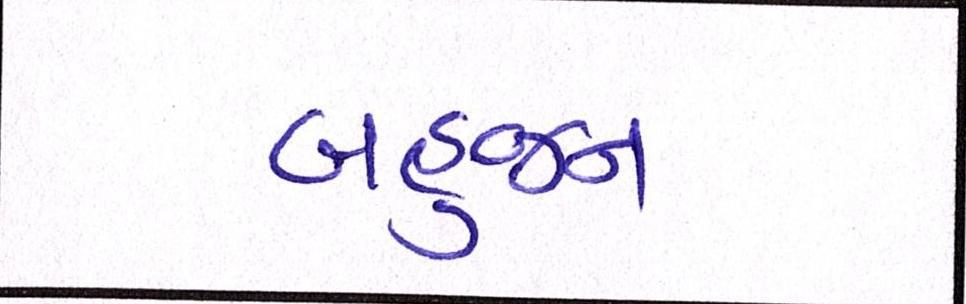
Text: બહુજન